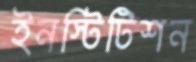
ইনস্টিটিশন